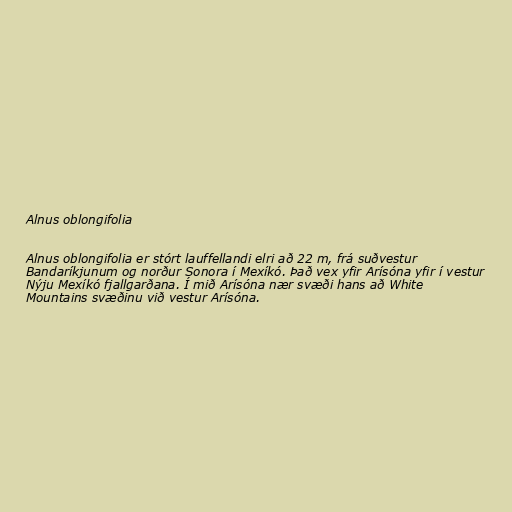
Alnus oblongifolia

Alnus oblongifolia er stórt lauffellandi elri að 22 m, frá suðvestur
Bandaríkjunum og norður Sonora í Mexíkó. Það vex yfir Arísóna yfir í vestur
Nýju Mexíkó fjallgarðana. Í mið Arísóna nær svæði hans að White
Mountains svæðinu við vestur Arísóna.